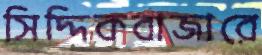
সিদ্দিকবাজারে